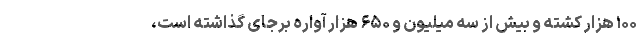
۱۰۰ هزار کشته و بیش از سه میلیون و ۶۵۰ هزار آواره برجای گذاشته است،